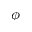
\phi